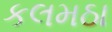
કલમઠા